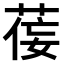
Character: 𫈘